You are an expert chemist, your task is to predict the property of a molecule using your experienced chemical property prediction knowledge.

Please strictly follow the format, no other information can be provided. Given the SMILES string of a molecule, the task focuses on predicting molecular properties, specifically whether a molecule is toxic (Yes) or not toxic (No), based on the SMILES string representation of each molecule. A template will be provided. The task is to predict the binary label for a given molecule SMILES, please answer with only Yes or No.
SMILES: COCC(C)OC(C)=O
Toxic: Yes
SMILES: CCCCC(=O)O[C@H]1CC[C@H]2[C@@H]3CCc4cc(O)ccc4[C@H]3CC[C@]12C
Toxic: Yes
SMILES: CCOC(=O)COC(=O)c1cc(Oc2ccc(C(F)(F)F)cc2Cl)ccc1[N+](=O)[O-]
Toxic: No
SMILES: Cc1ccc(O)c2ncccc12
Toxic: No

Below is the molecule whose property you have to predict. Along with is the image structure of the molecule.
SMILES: CCC(=O)O[C@]1(c2ccccc2)CCN(C)C[C@H]1C
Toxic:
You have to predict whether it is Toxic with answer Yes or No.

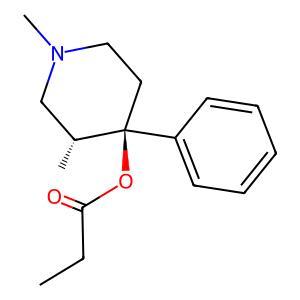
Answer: No